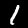
Digit: 1